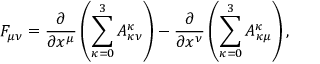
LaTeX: F _ { \mu \nu } = \frac { \partial } { \partial x ^ { \mu } } \left( \sum _ { \kappa = 0 } ^ { 3 } A _ { \kappa \nu } ^ { \kappa } \right) - \frac { \partial } { \partial x ^ { \nu } } \left( \sum _ { \kappa = 0 } ^ { 3 } A _ { \kappa \mu } ^ { \kappa } \right) ,